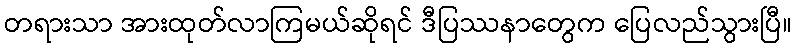
တရားသာ အားထုတ်လာကြမယ်ဆိုရင် ဒီပြဿနာတွေက ပြေလည်သွားပြီ။